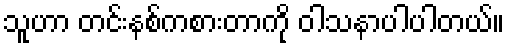
သူဟာ တင်းနစ်ကစားတာကို ဝါသနာပါပါတယ်။